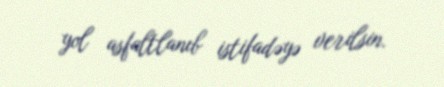
yol asfaltlanıb istifadəyə verilsin.